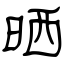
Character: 晒